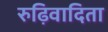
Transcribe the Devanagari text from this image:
रुढ़िवादिता